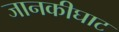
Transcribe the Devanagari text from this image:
जानकीघाट